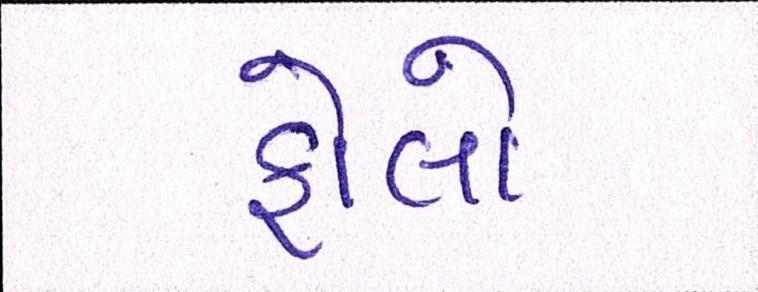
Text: ફોલો